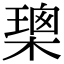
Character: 𭫢